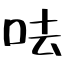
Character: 呿